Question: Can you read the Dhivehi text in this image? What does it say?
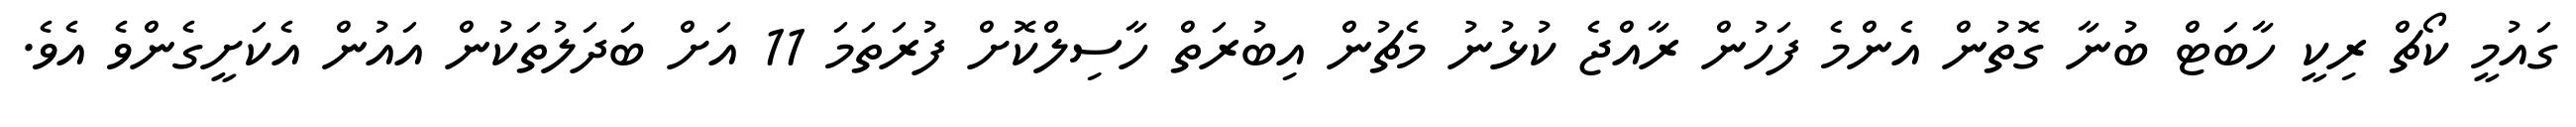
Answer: ގައުމީ ކޯޗް ރިކީ ހާބަޓް ބުނާ ގޮތުން އެންމެ ފަހުން ރާއްޖެ ކުޅުނު މެޗުން އިބުރަތް ހާސިލްކޮށް ފުރަތަމަ 11 އަށް ބަދަލުތަކުން އައުން އެކަށީގެންވެ އެވެ.